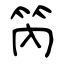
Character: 笍